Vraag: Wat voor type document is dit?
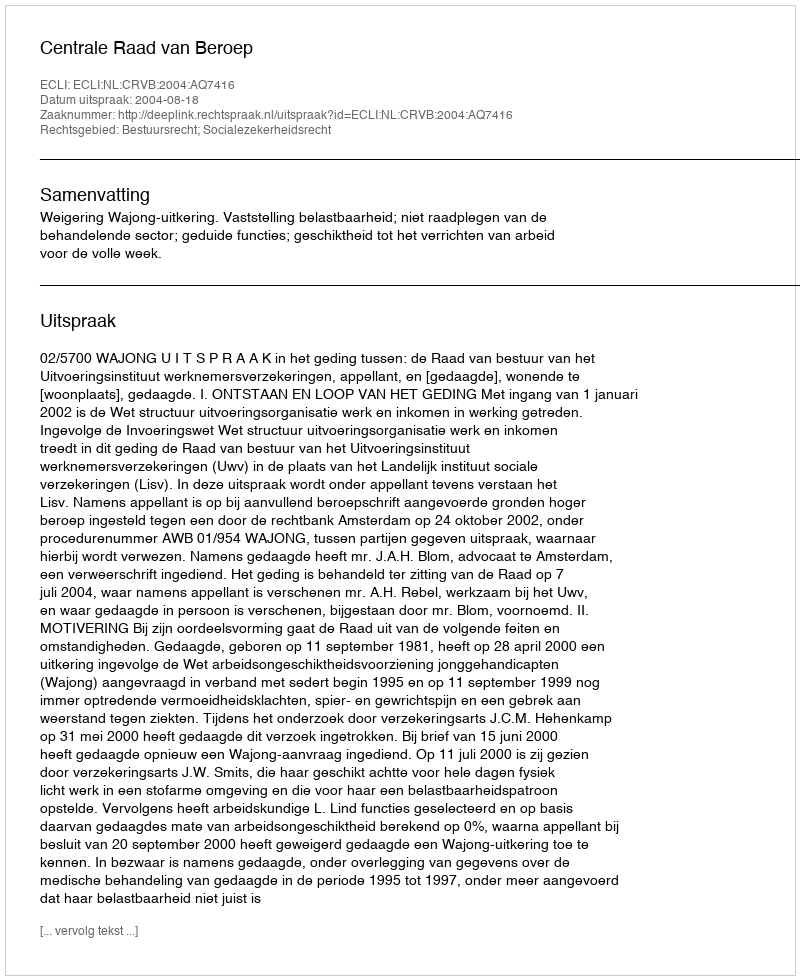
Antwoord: Uitspraak